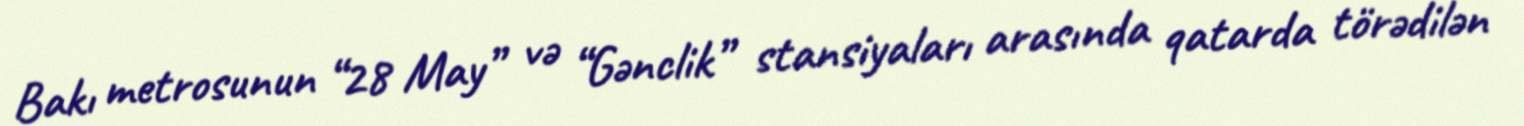
Bakı metrosunun “28 May” və “Gənclik” stansiyaları arasında qatarda törədilən